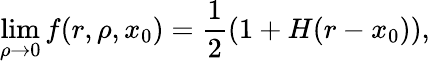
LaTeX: \operatorname*{lim}_{\rho\rightarrow 0}f(r,\rho,x_{0})={\frac{1}{2}}(1+H(r-x_{0})),